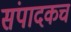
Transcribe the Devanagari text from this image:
संपादकच